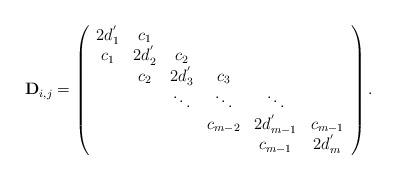
LaTeX: \begin{align*}\mathbf{D}_{i,j}=\left(\begin{array}{cccccc}2d_{1}^{'} & c_{1} & & & & \\c_{1} & 2d_{2}^{'} & c_{2} & & & \\& c_{2} & 2d_{3}^{'} & c_{3} & & \\& & \ddots & \ddots & \ddots & \\& & & c_{m-2} & 2d_{m-1}^{'} & c_{m-1} \\& & & & c_{m-1} & 2d_{m}^{'}\end{array}\right).\end{align*}